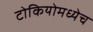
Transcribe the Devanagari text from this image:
टोकियोमध्येच